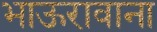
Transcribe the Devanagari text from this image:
भाऊरावाना